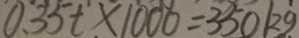
0 . 3 5 t \times 1 0 0 0 = 3 5 0 k g